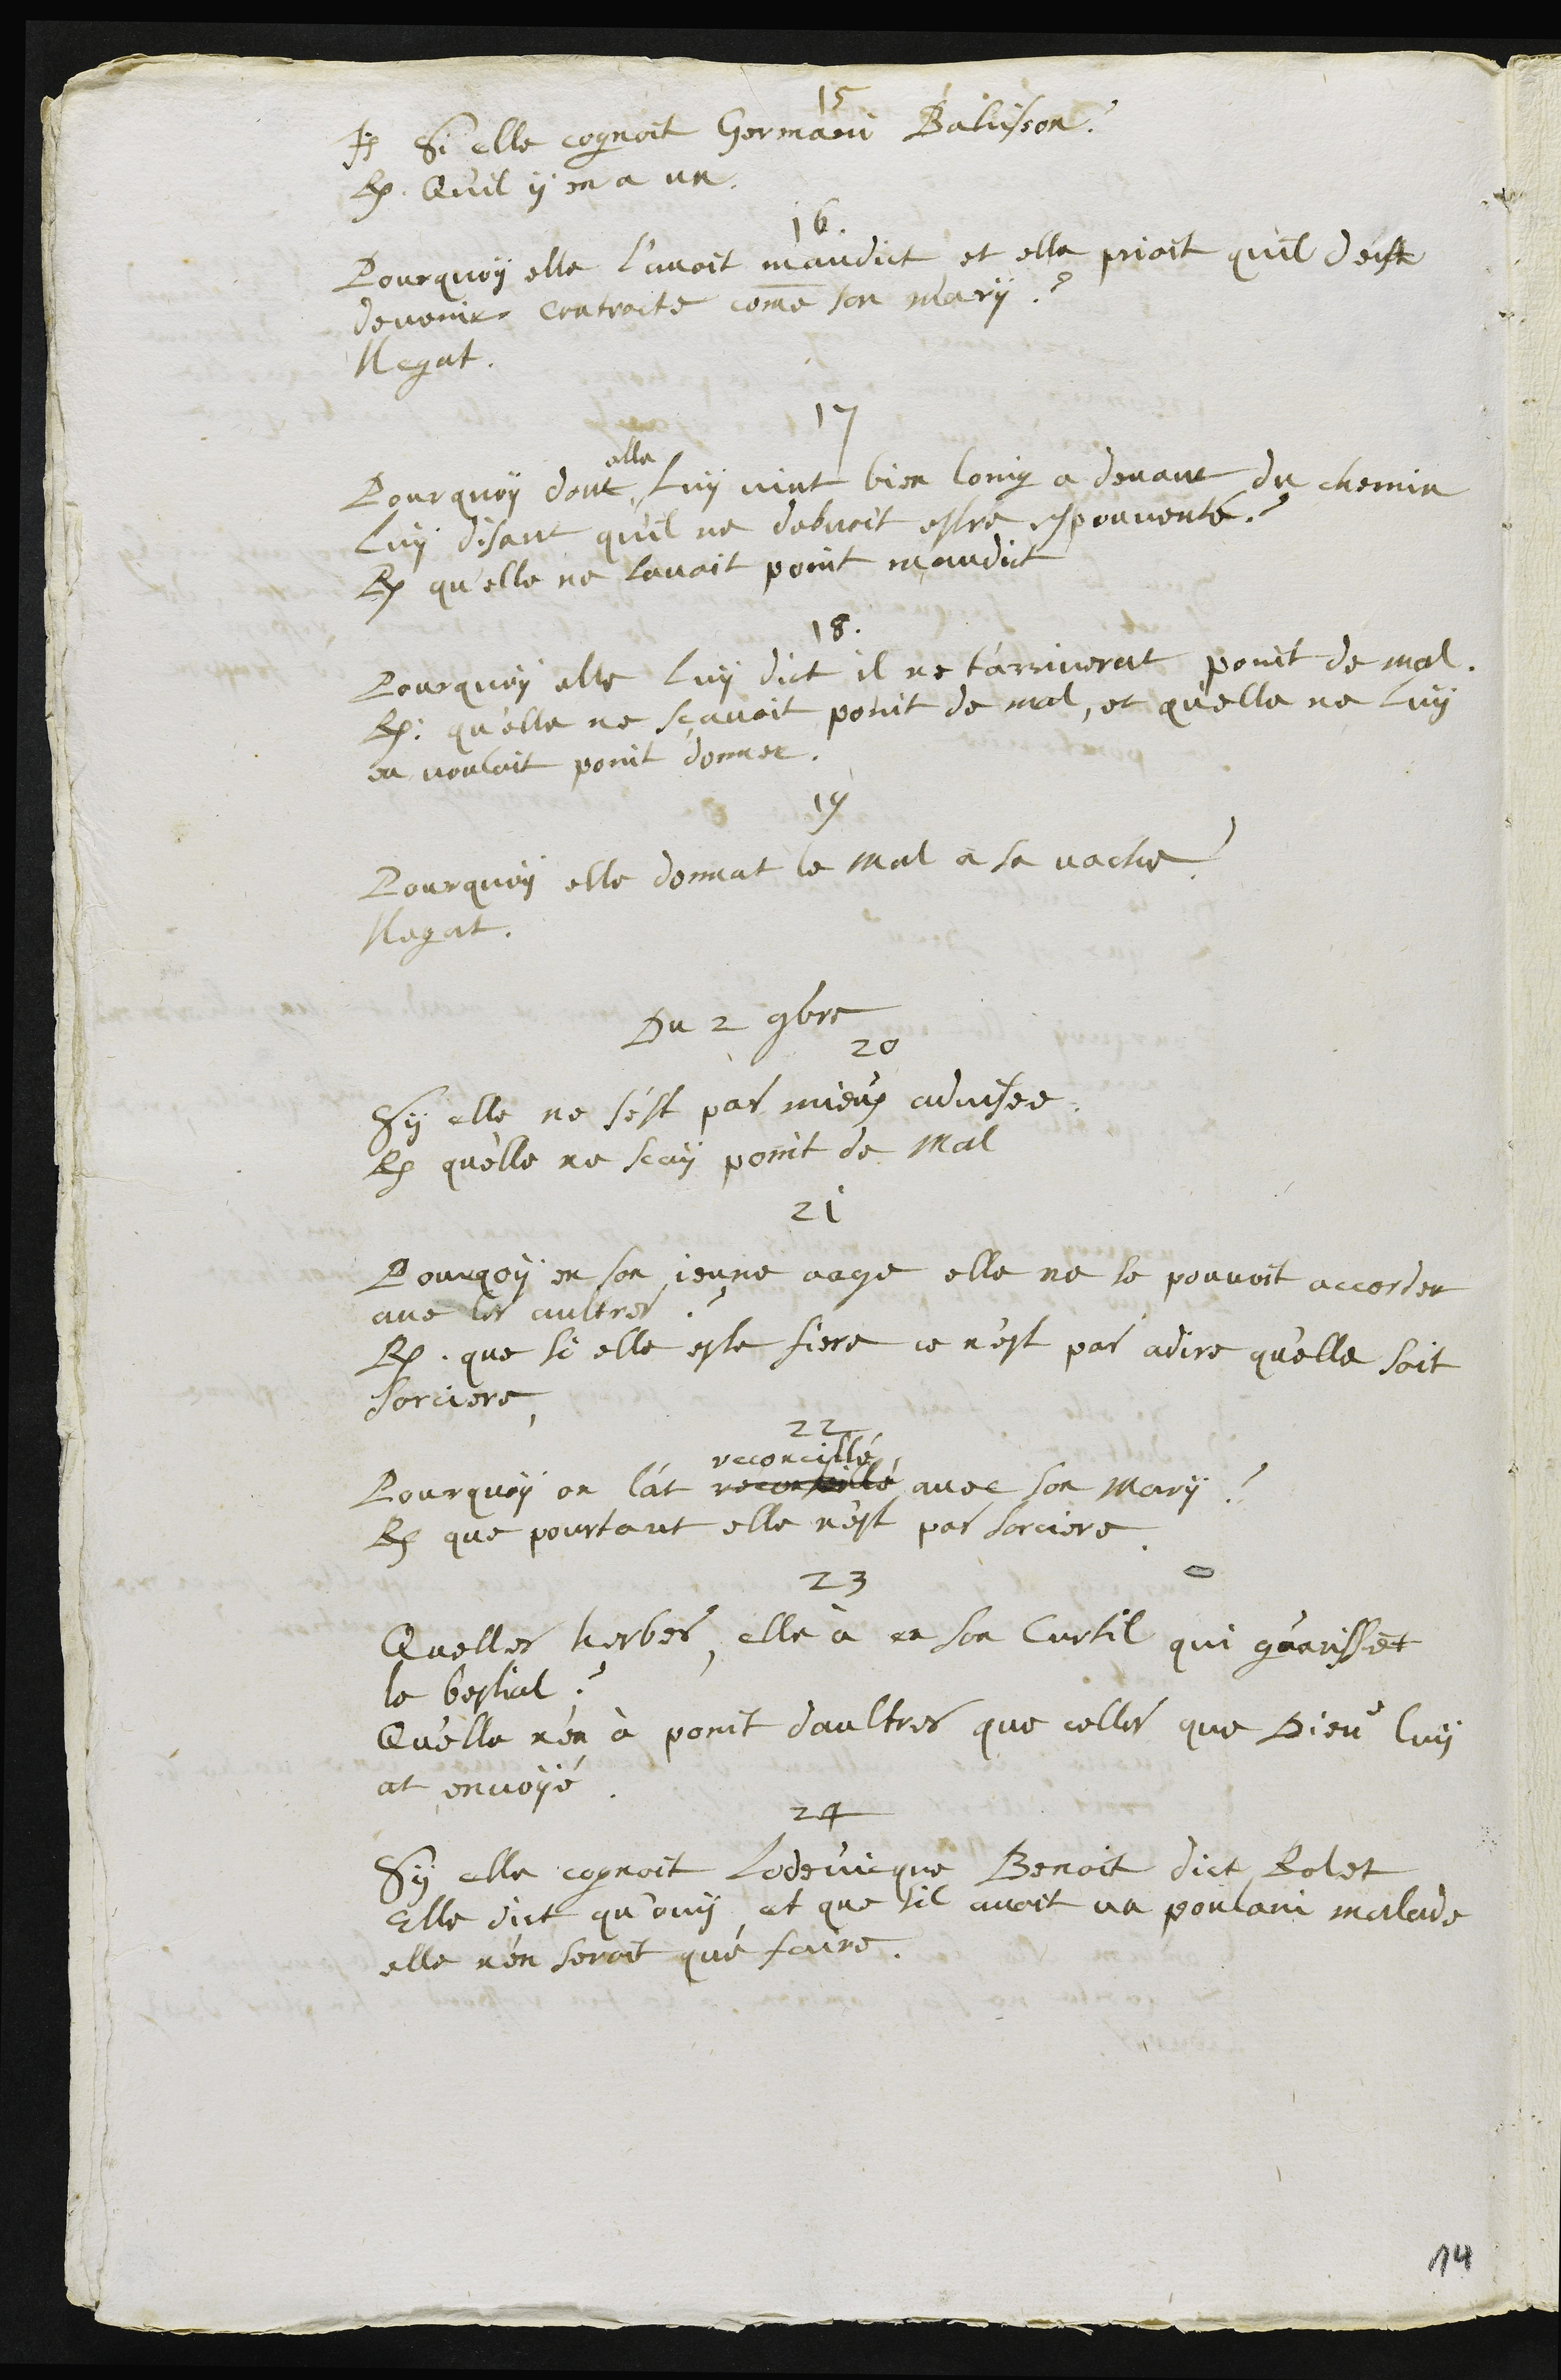
15
I. Si elle cognoit Germain Bahisson ?
R. Qu'il y en a un
16.
Pourquoy elle l’avoit maudict et elle prioit quil deust
devenir controite comme son mary ?
Negat.
17
Pourquoy dont
elle
luy vint bien loing a devant du chemin
luy disant quil ne debvoit estre espouvanté ?
R. qu'elle ne lavoit point maudict
18
Pourquoy elle luy dict il ne t'arriverat point de mal,
R. qu'elle ne sçavoit point de mal, et quelle ne luy
en vouloit point donner.
19
Pourquoy elle donnat le mal à sa vache ?
Negat.
Du 2 9bre
20
Sy elle ne s'est pas mieux advisee.
R. qu'elle ne scay point de Mal
21
Pourquoy en son jeune eage elle ne se pouvoit accorder
avec les aultres ?
R. que si elle este fiere ce n’est pas adire qu'elle soit
sorciere
22
Pourquoy on l'at reconseillé
reconcillé
avec son mary ?
R. que pourtant elle n’est pas sorciere
23
Quelles herbes elle à en son Curtil qui guarissent
le bestial ?
Qu'elle n'en à point d’aultres que celles que Dieu luy
at envoyé
24
Sy elle cognoit Lodevicque Benoit dict Rolet
Elle dict qu’ouy et que sil avoit un poulain malade
elle n’en seroit que faire.
14